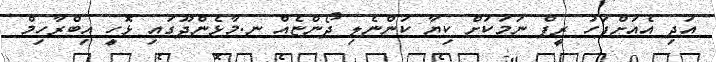
އަދި އެއަށްފަހު ރީފް ނަމަކަށް ކިޔާ ކަންނެލި ދޯންޏެއް ނ.މާޅެންދޫގައި ޅޮހީ އިބްރާހިމް